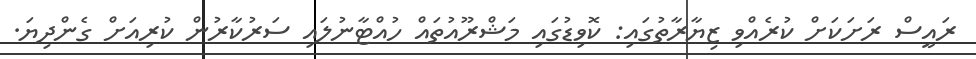
ރައީސް ރަށަކަށް ކުރެއްވި ޒިޔާރާތުގައި: ކޮވިޑުގައި މަޝްރޫއުތައް ހުއްޓާނުލައި ސަރުކާރުން ކުރިއަށް ގެންދިޔަ.